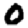
Digit: 0